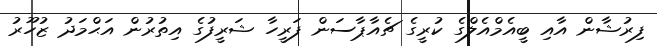
ފިރުޝާން އާއި ބީއެމްއެލްގެ ކުރީގެ ޗެއާޕާސަން ފަރީހާ ޝަރީފުގެ އިތުރުން އަޙްމަދު ޒުހޫރު